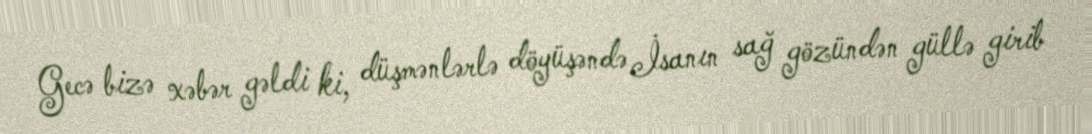
Gecə bizə xəbər gəldi ki, düşmənlərlə döyüşəndə İsanın sağ gözündən güllə girib